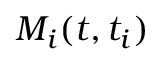
M _ { i } ( t , t _ { i } )